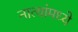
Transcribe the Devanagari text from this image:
नात्यांमध्ये